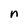
Character: n